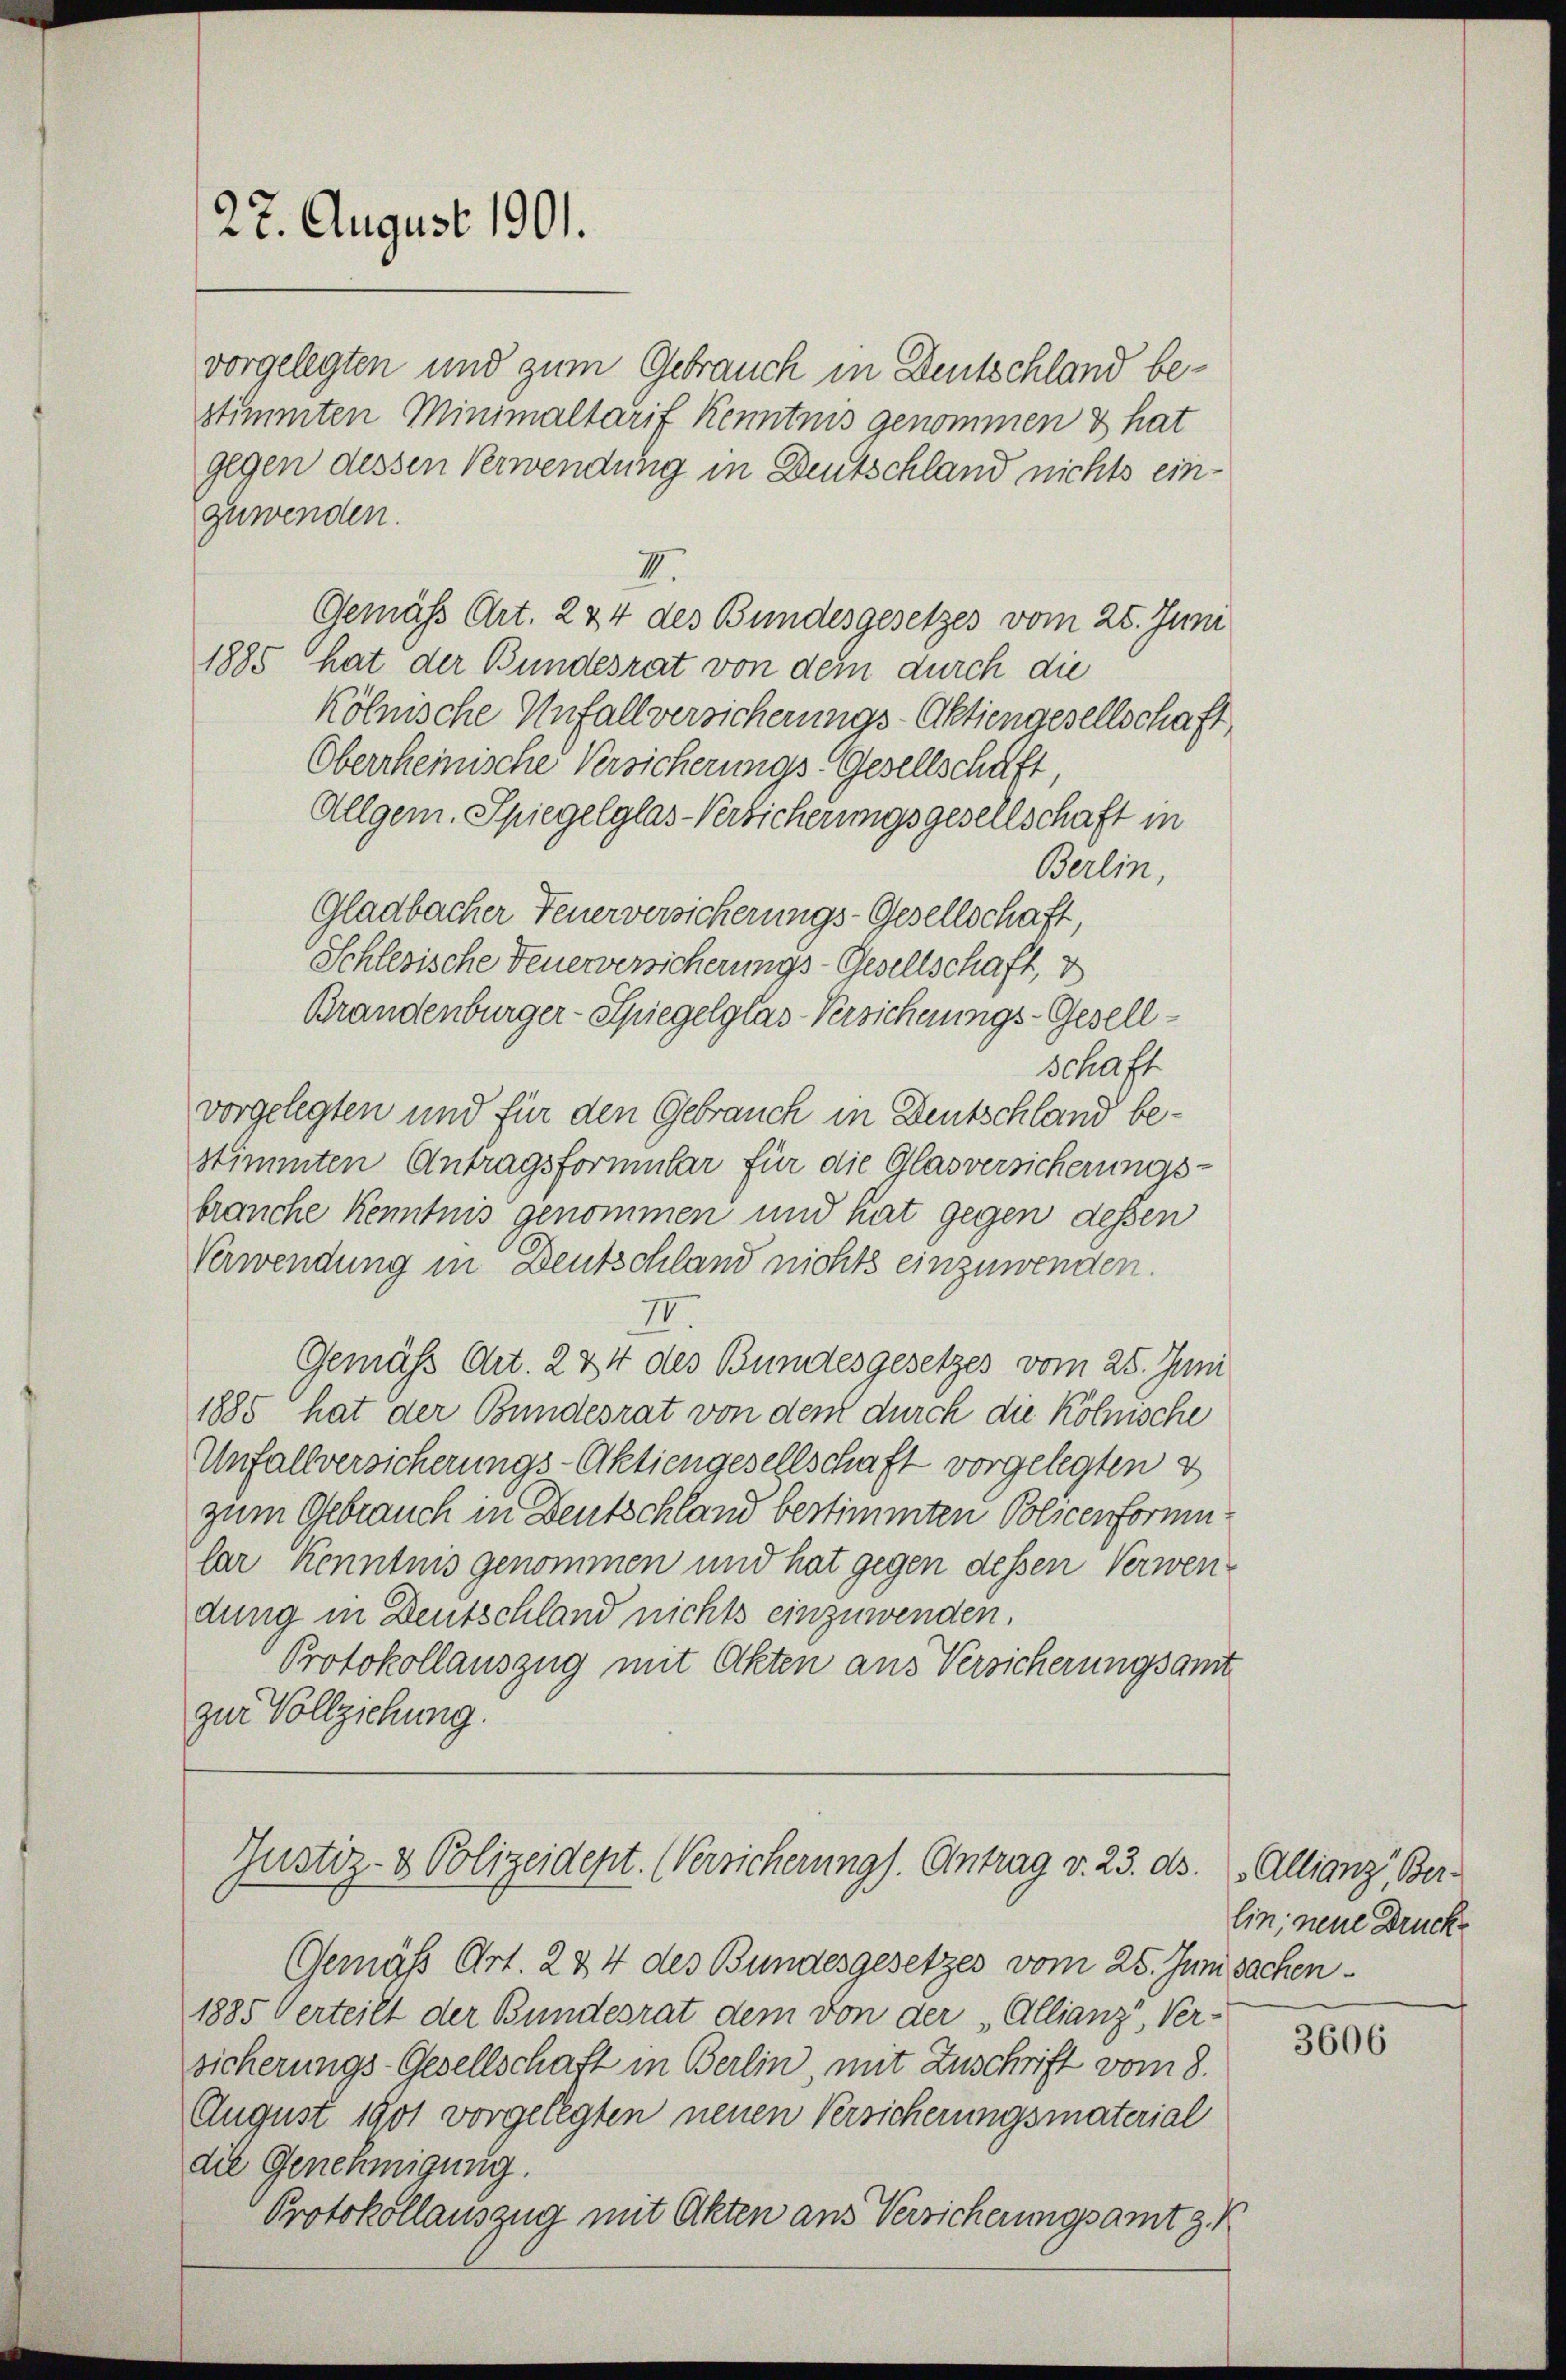
27. August 1901.

vorgelegten und zum Gebrauch in Deutschland bestimmten Minimaltarif Kenntnis genommen & hat
gegen dessen Verwendung in Deutschland nichts einzuwenden.
VI.
Gemäß Art. 244 des Bundesgesetzes vom 25. Juni
1885 hat der Bundesrat von dem durch die
Kölnische Unfallversicherungs-Aktiengesellschaft
Oberrheinische Versicherungs-Gesellschaft,
Allgem. Spiegelglas-Versicherungsgesellschaft in
Berlin,
Gladbacher Feuerversicherungs-Gesellschaft,
Schlesische Feuerversicherungs-Gesellschaft,
Brandenburger-Spiegelglas-Versicherungs-Gesellschaft
vorgelegten und für den Gebrauch in Deutschland bestimmten Antragsformular für die Glasversicherungs-
brauche Kenntnis genommen und hat gegen dessen
Verwendung in Deutschland nichts einzuwenden.
II.
Gemäß Art. 224 des Bundesgesetzes vom 25. Juni
1885 hat der Bundesrat von dem durch die Kölnische
Unfallversicherungs-Aktiengesellschaft vorgelegten v
zum Gebrauch in Deutschland bestimmten Policenformular Kenntnis genommen und hat gegen dessen Verwendung in Deutschland nichts einzuwenden.
Protokollauszug mit Akten aus Versicherungsamt
zur Vollziehung.

Gemäß Art. 234 des Bundesgesetzes vom 25. Juni sachen¬
1885 Verteilt der Bundesrat dem von der Allianz, Ver-
sicherungs-Gesellschaft in Berlin, mit Zuschrift vom 8.
August 1901 vorgelegten neuen Versicherungsmaterial
die Genehmigung.
Protokollauszug mit Akten aus Versicherungsamt z. K

Justiz- & Polizeidept. Versicherung). Antrag v. 23. ds.

Allianz, Ber
lin, neue Druck

3606